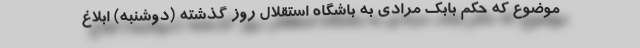
موضوع که حکم بابک مرادی به باشگاه استقلال روز گذشته (دوشنبه) ابلاغ